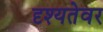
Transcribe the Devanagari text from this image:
दृश्यतेवर